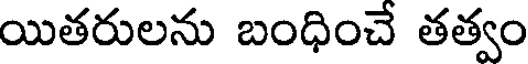
యితరులను బంధించే తత్వం